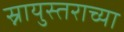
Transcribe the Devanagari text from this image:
स्नायुस्तराच्या